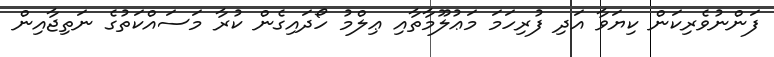
ފަންނުވެރިކަން ކިޔަވާ އަދި ފުރިހަމަ މަޢުލޫމާތާއި ޢިލްމު ހޯދައިގެން ކުރާ މަސައްކަތުގެ ނަތިޖާއިން